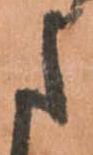
た